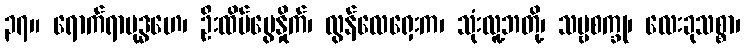
၃၇။ ရောက်ရာဗုဒ္ဓဟေ၊ ဦးထိပ်ဗွေနှိုက်၊ လွန်လေရှေးက၊ သုံးလူ့ဘတို့၊ သဗ္ဗစက္ခု၊ လေးခုသစ္စာ၊